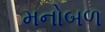
મનોબળ